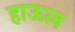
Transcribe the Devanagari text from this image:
हाऊल